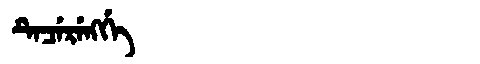
Manchu: ᡨᡝᠴᡝᡵᡝᠩᡤᡝ
Romanization: TECERENGGE